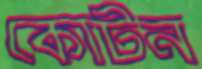
কোটন